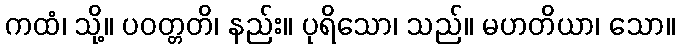
ကထံ၊ သို့။ ပဝတ္တတိ၊ နည်း။ ပုရိသော၊ သည်။ မဟတိယာ၊ သော။